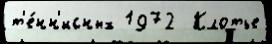
т'е́нн'исных 1972  Клотье